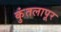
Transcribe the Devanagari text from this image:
कुंतलापूर